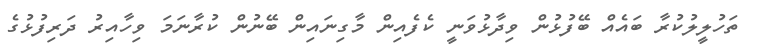
ތަހުލީލުކުރާ ބައެއް ބޭފުޅުން ވިދާޅުވަނީ ކެފެއިން މާގިނައިން ބޭނުން ކުރާނަމަ ވިހާއިރު ދަރިފުޅުގެ